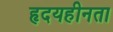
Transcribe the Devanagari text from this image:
हृदयहीनता